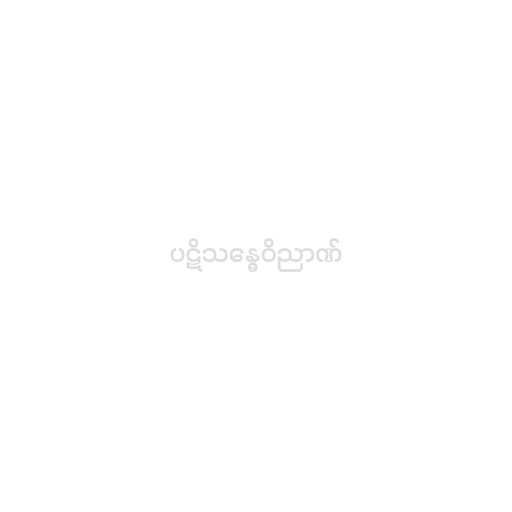
ပဋိသန္ဓေဝိညာဏ်